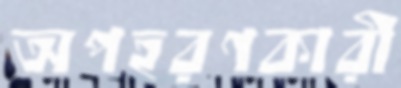
অপহরণকারী